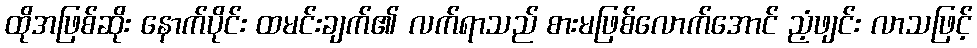
ထိုအဖြစ်ဆိုး နောက်ပိုင်း ထမင်းချက်၏ လက်ရာသည် စားမဖြစ်လောက်အောင် ညံ့ဖျင်း လာသဖြင့်